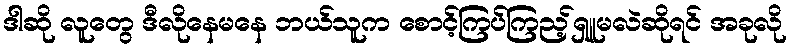
ဒါဆို လူတွေ ဒီလိုနေမနေ ဘယ်သူက စောင့်ကြပ်ကြည့်ရှူမလဲဆိုရင် အခုလို